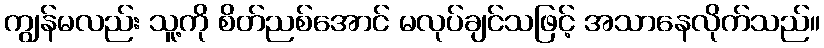
ကျွန်မလည်း သူ့ကို စိတ်ညစ်အောင် မလုပ်ချင်သဖြင့် အသာနေလိုက်သည်။